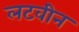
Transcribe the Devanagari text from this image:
लटवीन